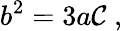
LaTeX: b^{2}=3a\mathcal{C}\; ,